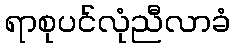
ရာစုပင်လုံညီလာခံ